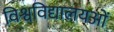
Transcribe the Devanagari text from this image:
विश्वविद्यालयओं